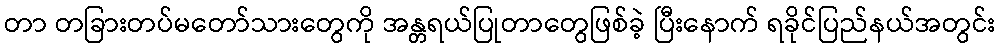
တာ တခြားတပ်မတော်သားတွေကို အန္တရယ်ပြုတာတွေဖြစ်ခဲ့ ပြီးနောက် ရခိုင်ပြည်နယ်အတွင်း